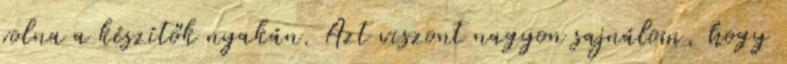
volna a készítők nyakán. Azt viszont nagyon sajnálom, hogy